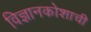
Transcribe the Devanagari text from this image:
विज्ञानकोशाची